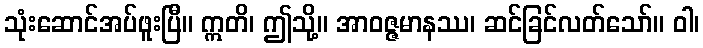
သုံးဆောင်အပ်ဖူးပြီ။ ဣတိ၊ ဤသို့။ အာဝဇ္ဇမာနဿ၊ ဆင်ခြင်လတ်သော်။ ဝါ၊